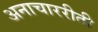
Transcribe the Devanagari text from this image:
अनाचाररीती